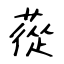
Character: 蓯